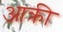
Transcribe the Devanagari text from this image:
आक्री